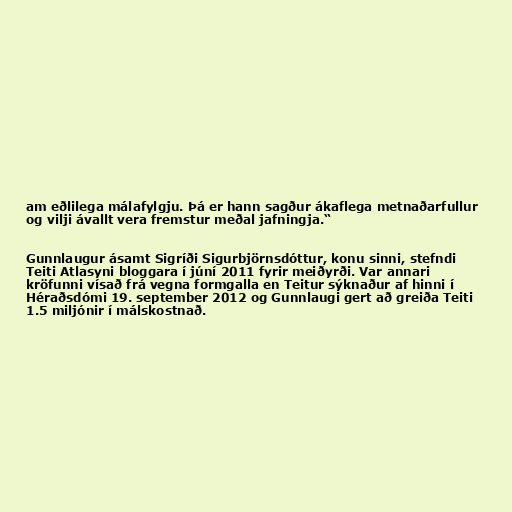
am eðlilega málafylgju. Þá er hann sagður ákaflega metnaðarfullur
og vilji ávallt vera fremstur meðal jafningja.“

Gunnlaugur ásamt Sigríði Sigurbjörnsdóttur, konu sinni, stefndi
Teiti Atlasyni bloggara í júní 2011 fyrir meiðyrði. Var annari
kröfunni vísað frá vegna formgalla en Teitur sýknaður af hinni í
Héraðsdómi 19. september 2012 og Gunnlaugi gert að greiða Teiti
1.5 miljónir í málskostnað.